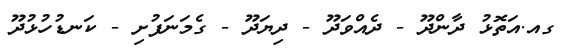
ގއ.އަތޮޅު ދާންދޫ - ދެއްވަދޫ - ދިޔަދޫ - ގެމަނަފުށި - ކަނޑުހުޅުދޫ